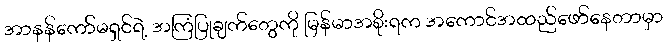
အာနန်ကော်မရှင်ရဲ့ အကြံပြုချက်တွေကို မြန်မာအစိုးရက အကောင်အထည်ဖော်နေတာမှာ